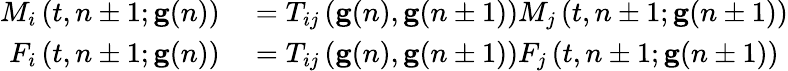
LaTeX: \begin{array}{rl}{M_{i}\left(t,n\pm 1;\mathbf{g}(n)\right)}&{{}=T_{ij}\left(\mathbf{g}(n),\mathbf{g}(n\pm 1)\right)M_{j}\left(t,n\pm 1;\mathbf{g}(n\pm 1)\right)}\\ {F_{i}\left(t,n\pm 1;\mathbf{g}(n)\right)}&{{}=T_{ij}\left(\mathbf{g}(n),\mathbf{g}(n\pm 1)\right)F_{j}\left(t,n\pm 1;\mathbf{g}(n\pm 1)\right)}\end{array}